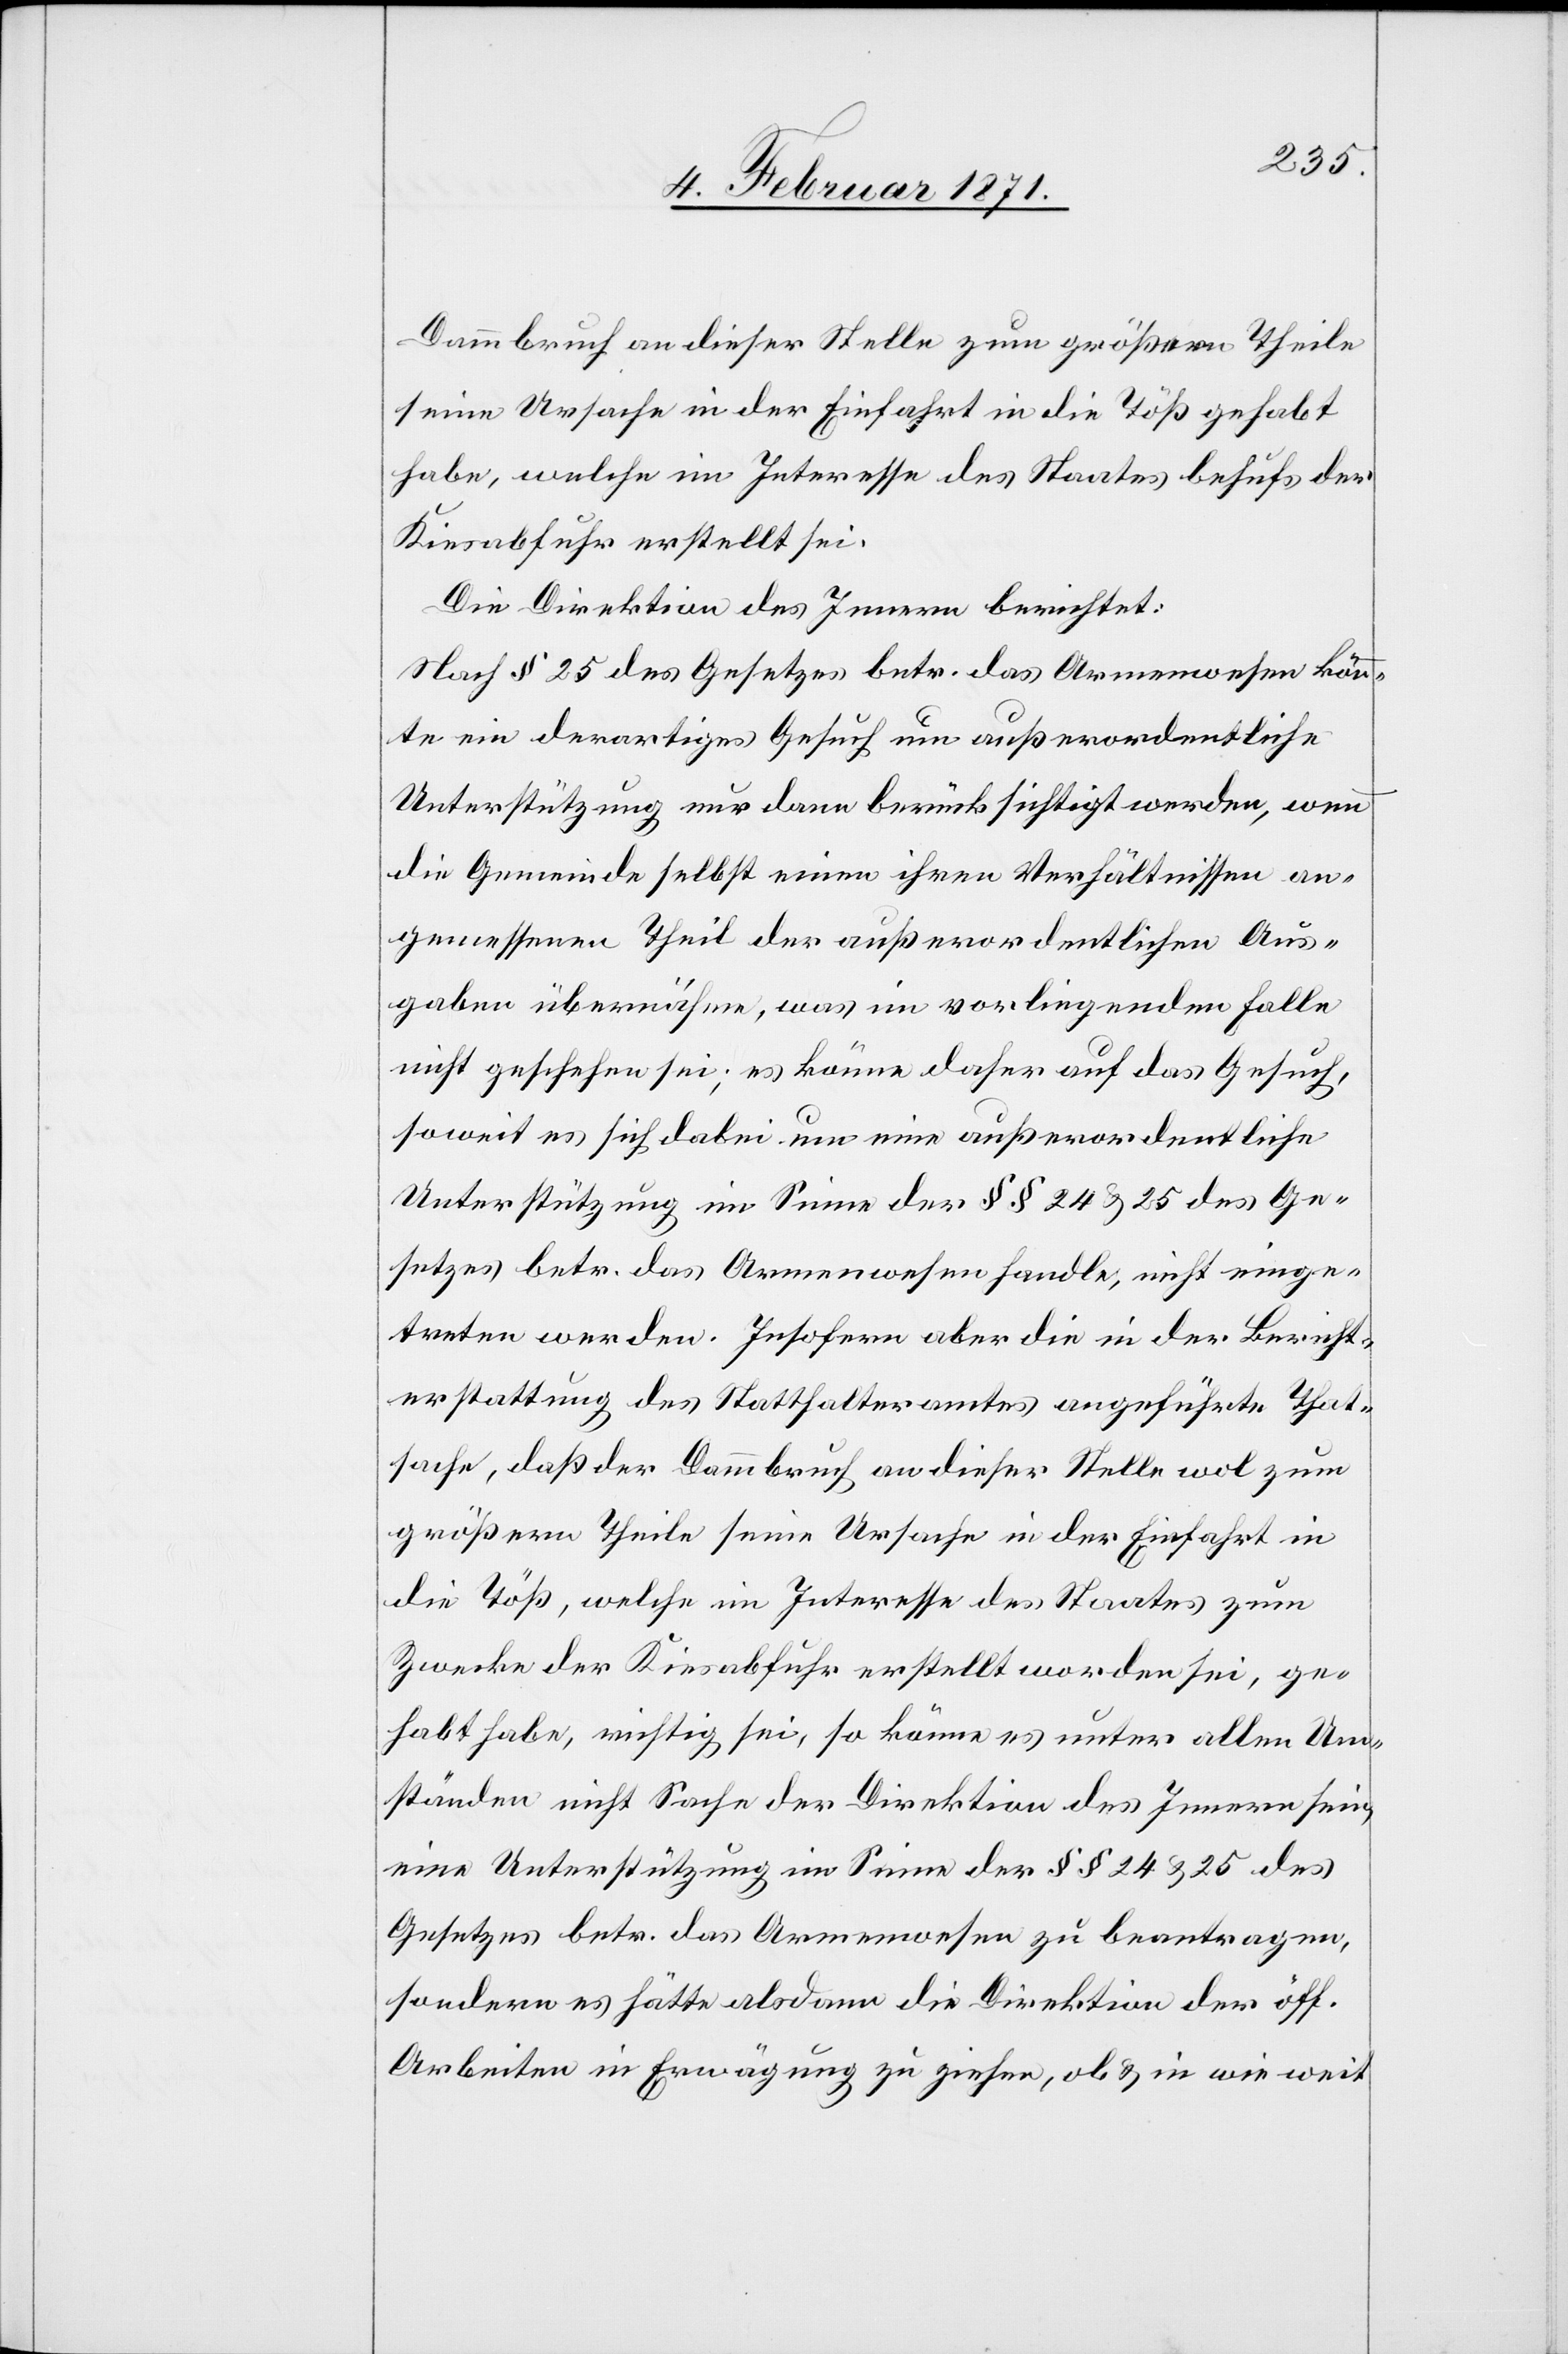
Dammbruch an dieser Stelle zum größern Theile
seine Ursache in der Einfahrt in die Töß gehabt
habe, welche im Interesse des Staates behufs der
Kiesabfuhr erstellt sei.
Die Direktion des Innern berichtet:
nach § 25 des Gesetzes betr. das Armenwesen könn¬
te ein derartiges Gesuch um außerordentliche
Unterstützung nur dann berücksichtigt werden, wenn
die Gemeinde selbst einen ihren Verhältnissen an¬
gemessenen Theil der außerordentlichen Aus¬
gabe übernähme, was im vorliegenden Falle
nicht geschehen sei; es könne daher auf das Gesuch,
soweit es sich dabei um eine außerordentliche
Unterstützung im Sinne der §§ 24 u. 25 des Ge¬
setzes betr. das Armenwesen handle, nicht einge¬
treten werden. Insofern aber die in der Bericht¬
erstattung des Statthalteramtes angeführte That¬
sache, daß der Dammbruch an dieser Stelle wol zum
größern Theile seine Ursache in der Einfahrt in
die Töß, welche im Interesse des Staates zum
Zwecke der Kiesabfuhr erstellt worden sei, ge¬
habt habe, richtig sei, so könne es unter allen Um¬
ständen nicht Sache der Direktion des Innern sein,
eine Unterstützung im Sinne der §§ 24 u. 25 des
Gesetzes betr. das Armenwesen zu beantragen,
sondern es hätte alsdann die Direktion der öff.
Arbeiten in Erwägung zu ziehen, ob u. in wie weit